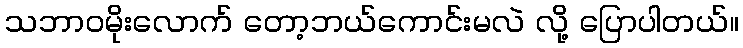
သဘာဝမိုးလောက် တော့ဘယ်ကောင်းမလဲ လို့ ပြောပါတယ်။